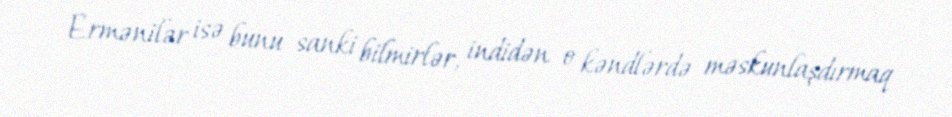
Ermənilər isə bunu sanki bilmirlər, indidən o kəndlərdə məskunlaşdırmaq